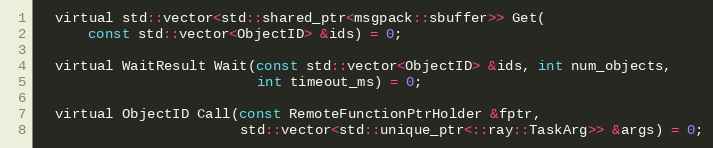
Language: C
  virtual std::vector<std::shared_ptr<msgpack::sbuffer>> Get(
      const std::vector<ObjectID> &ids) = 0;

  virtual WaitResult Wait(const std::vector<ObjectID> &ids, int num_objects,
                          int timeout_ms) = 0;

  virtual ObjectID Call(const RemoteFunctionPtrHolder &fptr,
                        std::vector<std::unique_ptr<::ray::TaskArg>> &args) = 0;